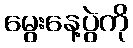
မွေးနေ့ပွဲကို